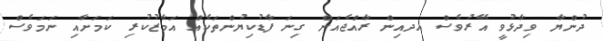
ދުންޔާ ވިދާޅުވީ އޭރުވެސް އދއިން ރާއްޖެއަށް ގިނަ ފާޑުކިޔުންތަކެއް އަމާޒުކުރި ކަމަށާއި ނަމަވެސް